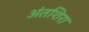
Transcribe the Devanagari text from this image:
अंतशिरा